Dysentery and liver abscess in Bombay - Number 47
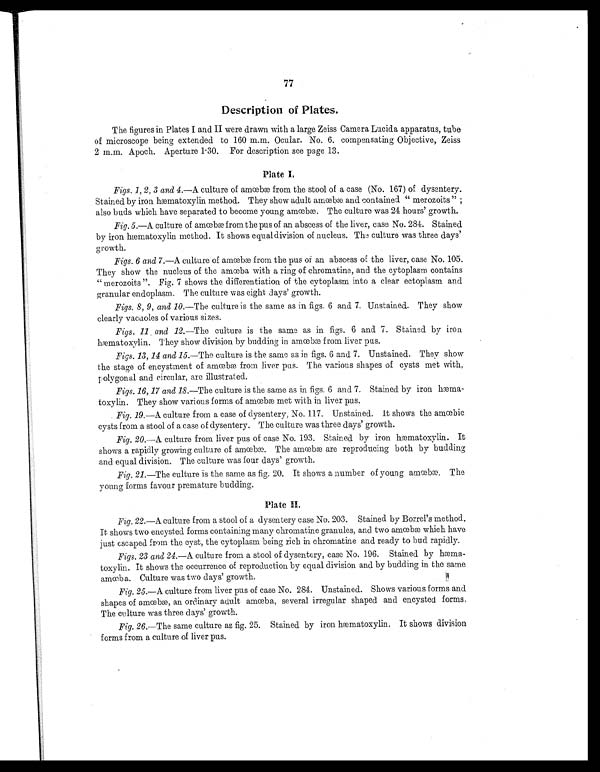
77
Description of Plates .
The figures in Plates I and II were drawn with a large Zeiss Camera Lucida apparatus, tube
of microscope being extended to 160 m.m. Ocular. No. 6. compensating Objective, Zeiss
2 m.m. Apoch. Aperture 1.30. For description see page 13.
Plate I.
Figs. 1, 2, 3 and 4.—A culture of amœbæ from the stool of a case (No. 167) of dysentery.
Stained by iron hæmatoxylin method. They show adult amœbæ and contained " merozoits "
also buds which have separated to become young amœbæ. The culture was 24 hours' growth.
Fig. 5.—A culture of amœbæ from the pus of an abscess of the liver, case No. 284. Stained
by iron hæmatoxylin. method. It shows equaldivision of nucleus. The culture was three days'
growth.
Figs. 6 and 7 .—A culture of amœbæ from the pus or an abscess of the liver, case No. 105.
They show the nucleus of the amœbæ with a ring of chromatine, and the cytoplasm contains
" merozoits ". Fig. 7 shows the differentiation of the cytoplasm into a clear ectoplasm and
granular endoplasm.. The culture was eight days' growth.
Figs. 8, 9, and 10 .—The culture is the same as in figs. 6 and 7. Unstained. They show
clearly vacuoles of various sizes.
Figs. 11 and 12 .—The culture is the same as in figs. 6 and 7. Stained by iron
hæmatoxylin. They show division by budding in amœbæ from liver pus.
Figs. 13, 14 and 15.—The culture is the same as in figs. 6 and 7. Unstained. They show
the stage of encystment of amœbæ from liver pus. The various shapes of cysts met with,
polygonal and circular, are illustrated.
Figs. 16, 17 and 18 .—The culture is the same as in figs. 6 and 7. Stained by iron
hæmatoxylin. They show various forms of amœbæ met with in liver pus.
Fig. 19.—A culture from a case of dysentery, No. 117. Unstained. It shows the amœbic
cysts from a stool of a case of dysentery. The culture was three days' growth.
Fig. 20. —A culture from liver pus of case No. 193. Stained by iron hæmatoxylin. It
shows a rapidly growing culture of amœbæ. The amœbæ are reproducing both by budding
and equal division. The culture was four days' growth.
Fig. 21 .—The culture is the same as fig. 20. It shows a number of young amœbæ. The
young forms favour premature budding.
Plate II.
Fig. 22 .—A culture from a stool of a dysentery case No. 203. Stained by Borrel's method.
It shows two encysted forms containing many chromatine granules, and two amœbæ which have
just escaped from the cyst, the cytoplasm being rich in chromatine and ready to bud rapidly.
Figs. 23 and 24.—A culture from a stool of dysentery, case No. 196. Stained by
hæmatoxylin. It shows the occurrence of reproduction by equal division and by budding in the same
amœba. Culture was two days' growth.
Fig. 25. —A culture from liver pus of case No. 284. Unstained. Shows various forms and
shapes of amœbæ, an ordinary adult amœba, several irregular shaped and encysted forms,
The culture was three days' growth.
Fig. 26.—The same culture as fig. 25. Stained by iron hæmatoxylin. It shows division
forms from a culture of liver pus.